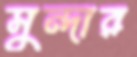
সুন্দার